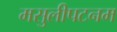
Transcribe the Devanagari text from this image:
मसुलीपटनम